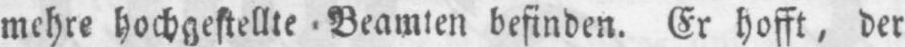
mehre hochgestellte Beamten befinden. Er hofft, der